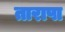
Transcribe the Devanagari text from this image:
तारापा